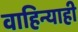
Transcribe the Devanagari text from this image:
वाहिन्याही